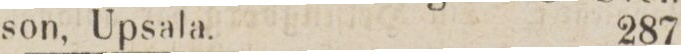
son, Upsala.    287